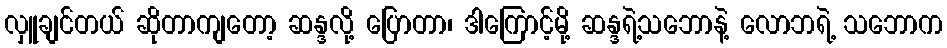
လှူချင်တယ် ဆိုတာကျတော့ ဆန္ဒလို့ ပြောတာ၊ ဒါကြောင့်မို့ ဆန္ဒရဲ့သဘောနဲ့ လောဘရဲ့ သဘောက